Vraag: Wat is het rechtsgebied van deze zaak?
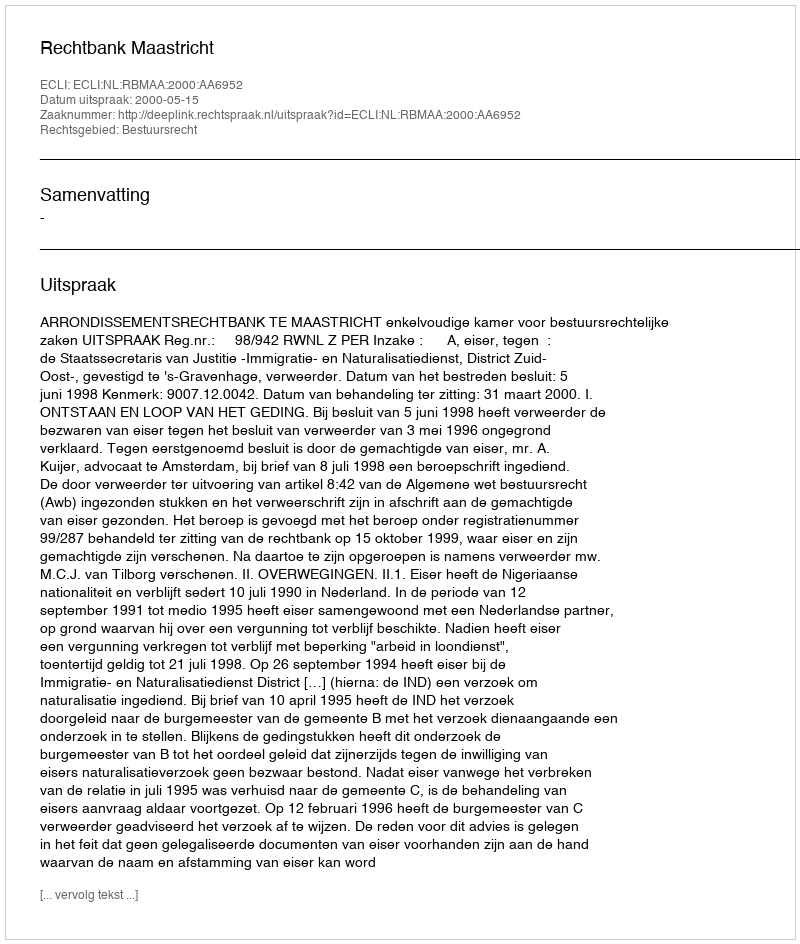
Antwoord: Bestuursrecht